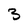
Character: 3